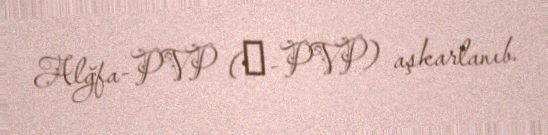
Alğfa-PVP (α-PVP) aşkarlanıb.